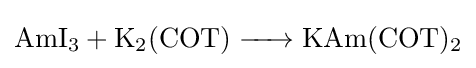
{\ce {AmI3 + K2(COT) -> KAm(COT)2}}